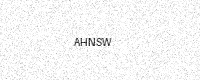
Text: AHNSW